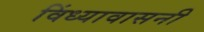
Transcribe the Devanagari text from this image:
विंध्यावासनी